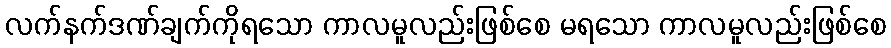
လက်နက်ဒဏ်ချက်ကိုရသော ကာလမူလည်းဖြစ်စေ မရသော ကာလမူလည်းဖြစ်စေ